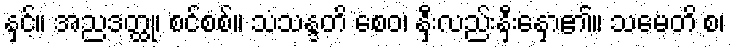
နှင့်။ အညဒတ္ထု၊ စင်စစ်။ သံသန္ဒတိ စေဝ၊ နှီးလည်းနှီးနှော၏။ သမေတိ စ၊